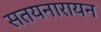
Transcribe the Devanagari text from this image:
सतयनारायन